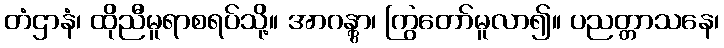
တံဌာနံ၊ ထိုညီမူရာစရပ်သို့။ အာဂန္တွာ၊ ကြွတော်မူလာ၍။ ပညတ္တာသနေ၊